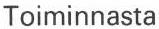
Toiminnasta